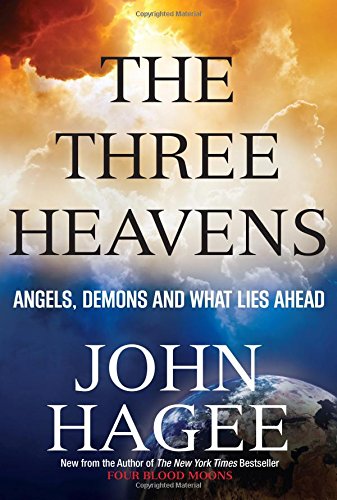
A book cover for The Three Heavens: Angels, Demons and What Lies Ahead; John Hagee; Christian Books & Bibles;